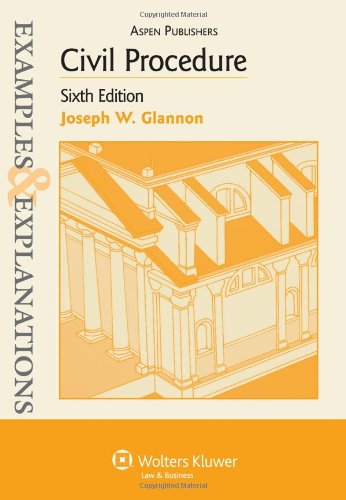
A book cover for Civil Procedure, 6th Edition (Examples & Explanations); Joseph W. Glannon; Law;